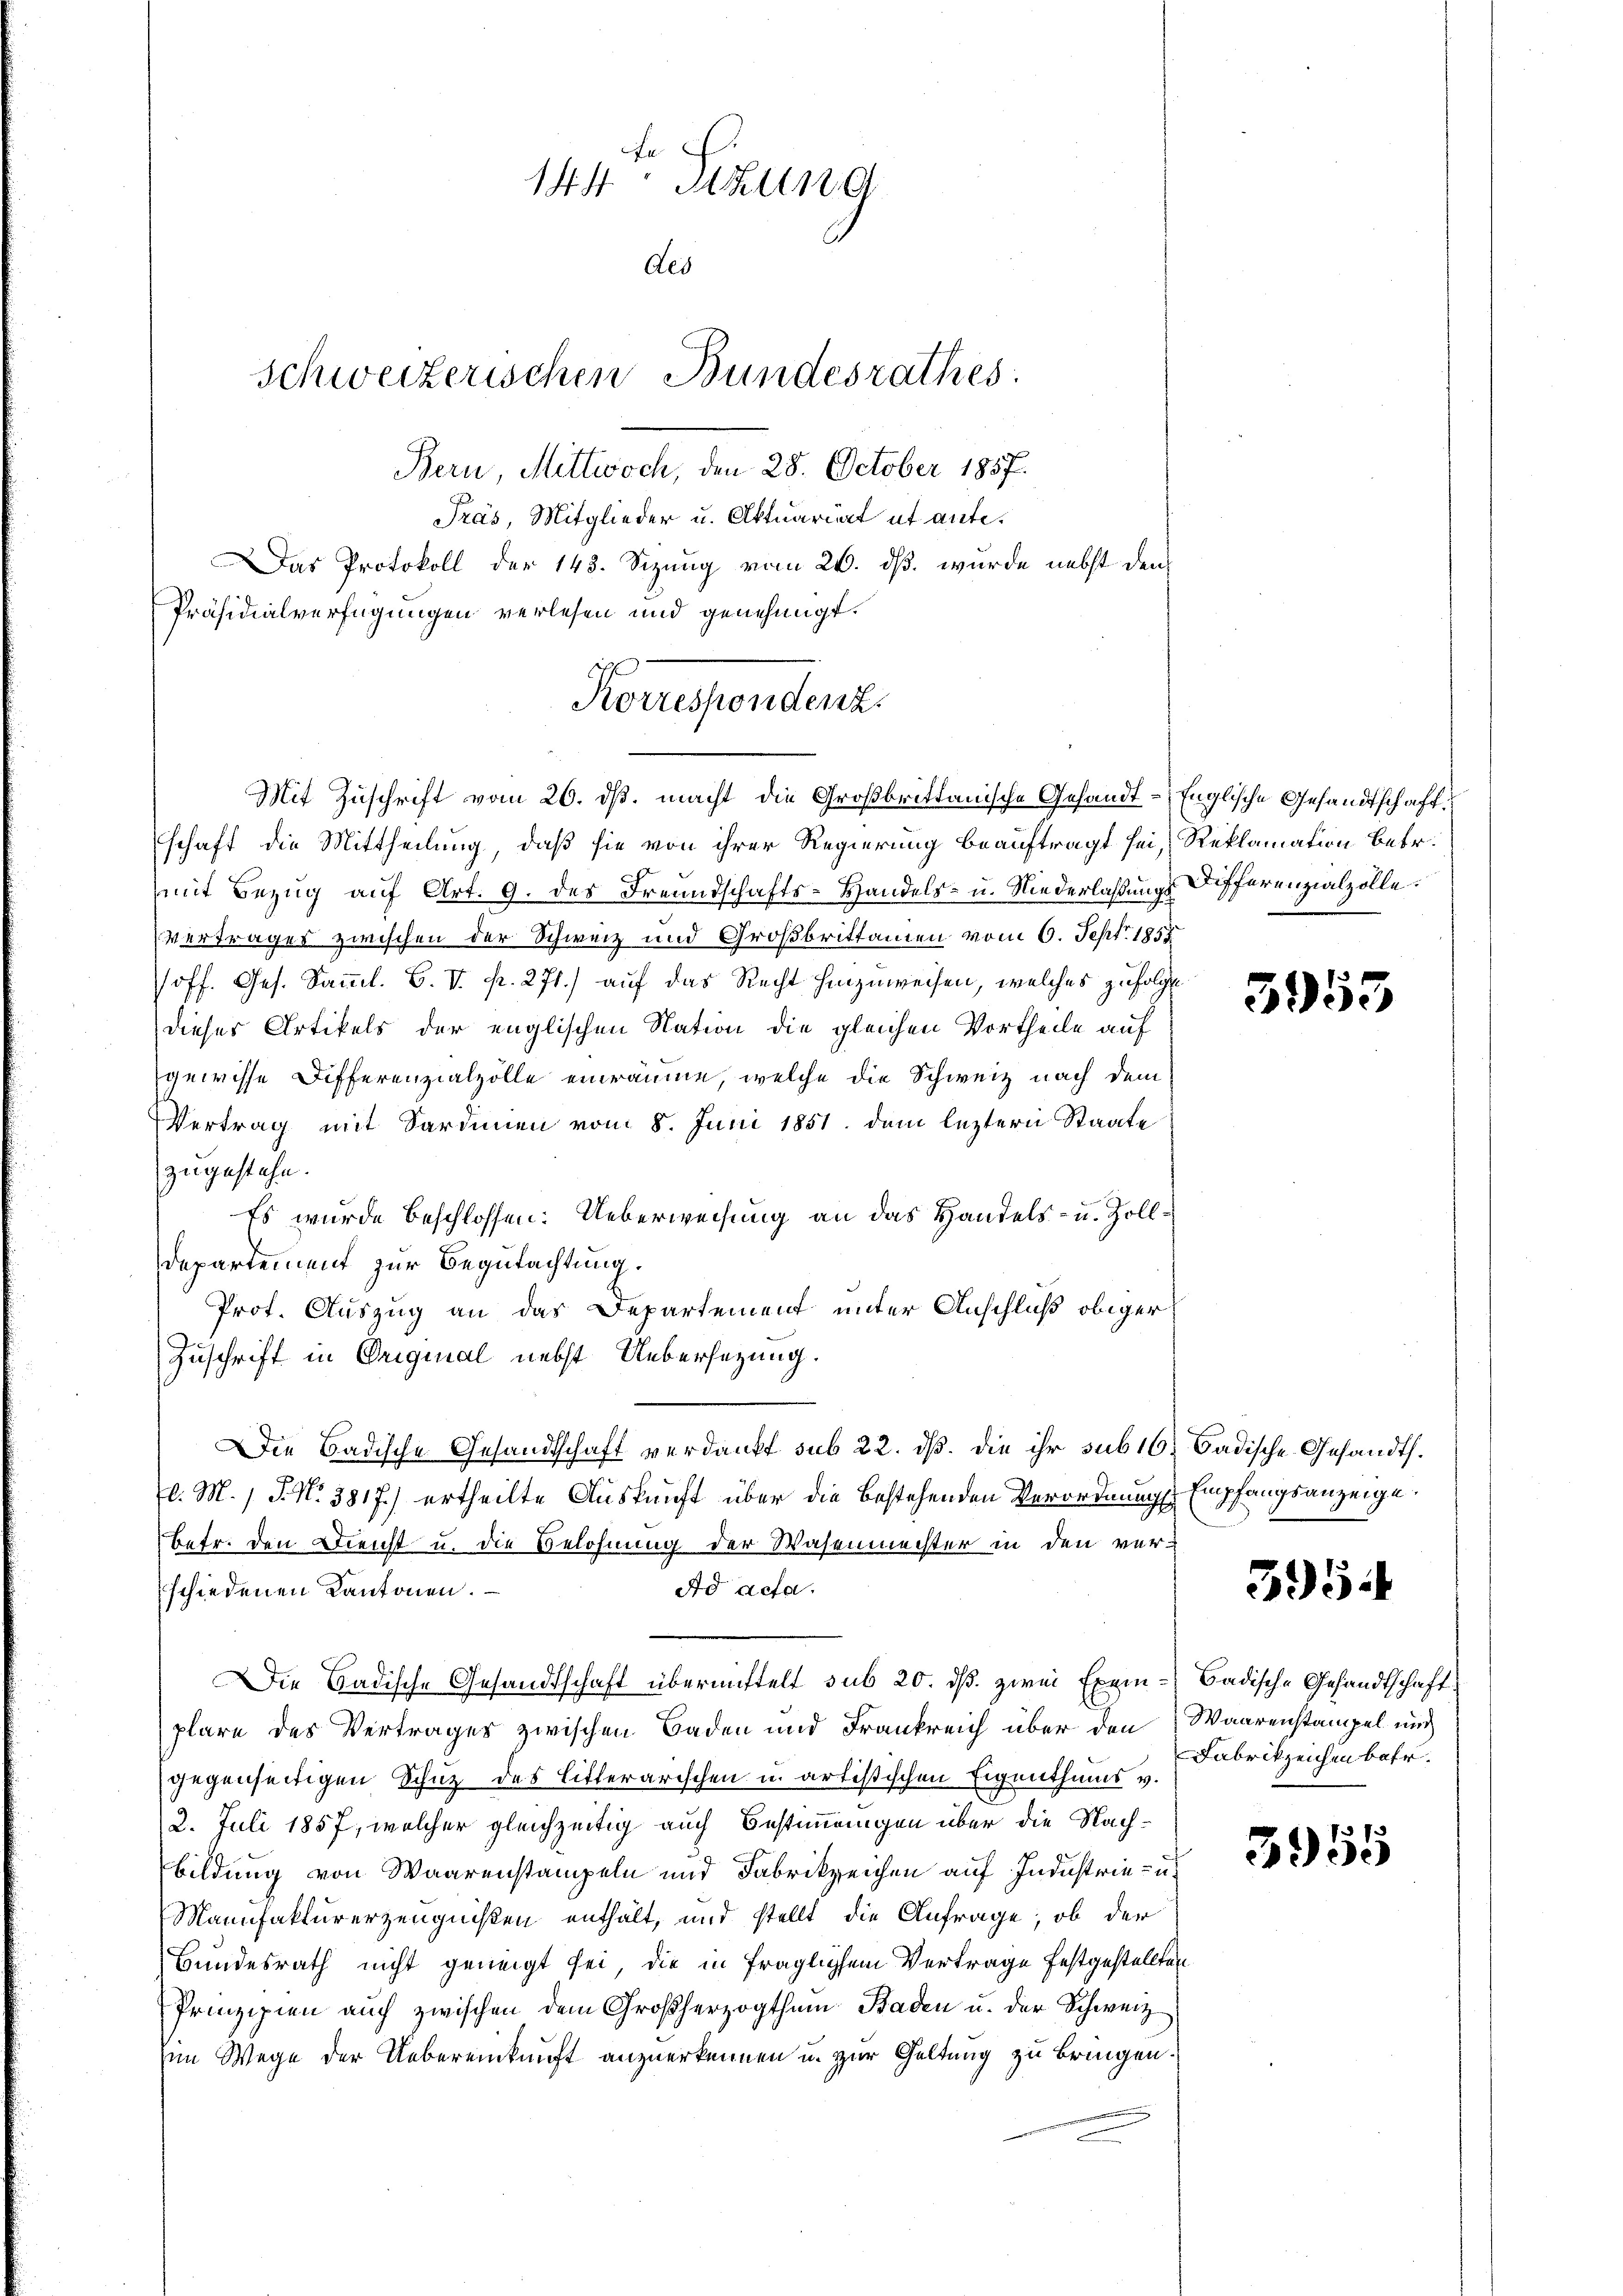
Bern, Mittwoch, den 28. October 1857.
Träs, Mitglieder u. Aktuariat et ante¬
Das Protokoll der 143. Sizung vom 26. dß wurde nebst den
Präsidialverfügungen verlesen und genehmigt.
Mit Zuschrift vom 26. ds. macht die Großbrittanische Gesandt-Englische Gesandtschaft
schaft die Mittheilung, daß sie von ihrer Regierung beauftragt sei, Reklamation betr.
mit Bezug auf Art. 9. des Freundschafts-Handels- u. Niederlaßungs Differenzialzolle.
Vertrages zwischen der Schweiz und Großbrittamen vom 6. Sept. 1858.
off. Ges. Samml. B. V. P. 271.) auf das Recht hinzuweisen, welches zufolgen
dieses Artikels der englischen Nation die gleichen Vortheile auf
gewisse Differenzialzolle einräume, welche die Schweiz nach dem
Vertrag mit Sardinen vom 8. Juni 1851. dem leztern Staate
zugestehe.
Es wurde beschlossen: Ueberweisung an das Handels- u. Zoll¬
Departement zur Begutachtung.
Prot. Auszug an das Departement unter Anschluß obiger
Zuschrift in Original nebst Uebersezung.
Die Badische Gesandtschaft verdankt sub 22. ds. die ihr sub 16, Badische Gesandt.
v. M. 1 S. N. 3817.) ertheilte Auskunft über die bestehenden Verordnung Empfangsanzeige.
betr. den Reicht u. die Belohnung der Wasenmeister in den ver-
Ad acta.
schiedenen Kantonen.
Die Badische Gesandtschaft übermittelt sub 20. ds. zwei Exem-Badische Gesandtschaft
plare des Vertrages zwischen Baden und Frankreich über den Waarenstampel und
gegenseitigen Schutz des litterarischen u. artistischen Eigenthums v.
2. Juli 1857, welcher gleichzeitig auch Bestimmungen über die Nachbildung von Waarenstampeln und Fabrikzeichen auf Industrie- u.
Manufakturerzeugnißen enthält, und stellt die Anfrage, ob der
Bundesrath nicht geneigt sei, die in fraglichem Vertrage festgestellten
Prinzipien auch zwischen dem Großherzogthum Baden u. der Schweiz
im Wege der Uebereinkunft anzuerkennen u. zur Geltung zu bringen.

144 Tizung
des
Schweizerischen Bundesrathes:

Korrespendenz.

3953

395

Fabrikzeichen betr.

3955